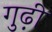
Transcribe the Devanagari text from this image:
गुढ़ी